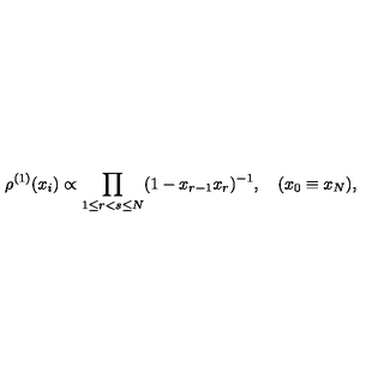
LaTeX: \rho ^ { ( 1 ) } ( x _ { i } ) \propto \prod _ { 1 \leq r < s \leq N } ( 1 - x _ { r - 1 } x _ { r } ) ^ { - 1 } , \quad ( x _ { 0 } \equiv x _ { N } ) ,